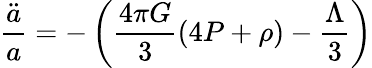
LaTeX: \frac{\ddot{a}}{a}=-\left(\frac{4\pi G}{3}(4P+\rho)-\frac{\Lambda}{3}\right)